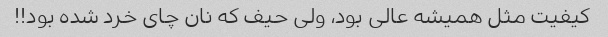
کیفیت مثل همیشه عالی بود، ولی حیف که نان چای خرد شده بود!!